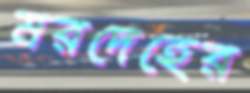
মরদেহের